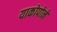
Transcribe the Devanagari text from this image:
याकोपोने